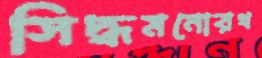
সিদ্ধমনোরথ